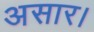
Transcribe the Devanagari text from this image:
असार।